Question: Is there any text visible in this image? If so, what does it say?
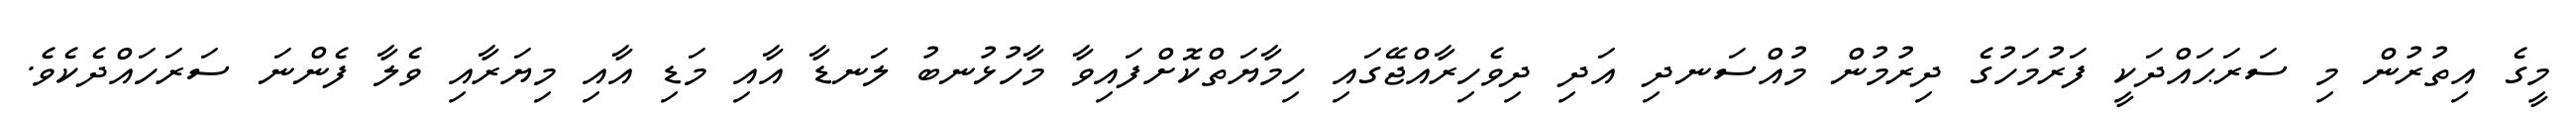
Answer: މީގެ އިތުރުން މި ސަރަޙައްދަކީ ފަރުމަހުގެ ދިރުމުން މުއްސަނދި އަދި ދިވެހިރާއްޖޭގައި ހިމާޔަތްކޮށްފައިވާ މާހުޅުނބު ލަނޑާ އާއި މަޑި އާއި މިޔަރާއި ވެލާ ފެންނަ ސަރަހައްދެކެވެ.